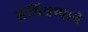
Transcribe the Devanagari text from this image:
संमिश्रणाने